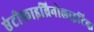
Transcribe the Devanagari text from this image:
एंटीफाइब्रिनोलाइटिक